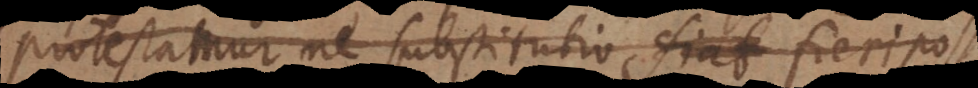
protestamur ne substitutio fiat fieri poss